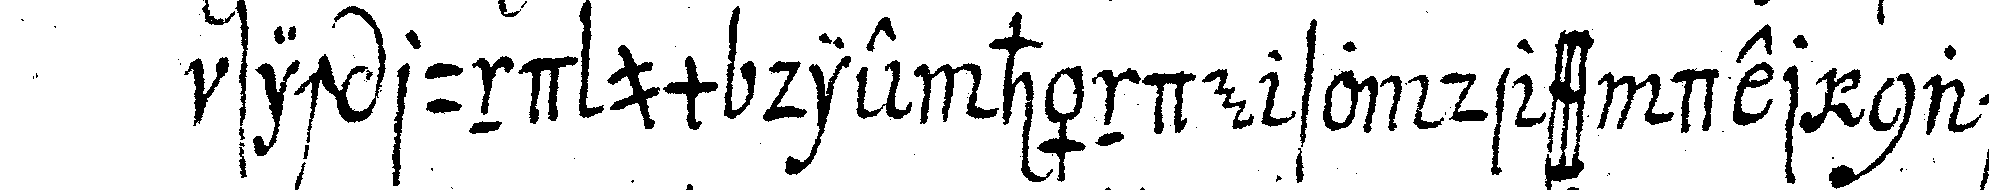
sich rund um die hände so dass der nachbar